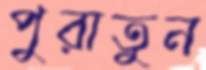
পুরাতুন